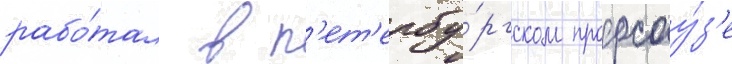
рабо́тал в п'ет'ербу́ргском профсоу́з'е